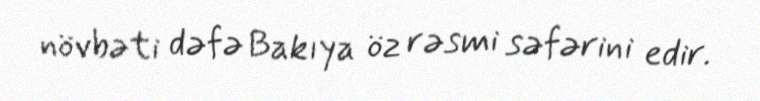
növbəti dəfə Bakıya öz rəsmi səfərini edir.